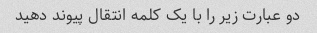
دو عبارت زیر را با یک کلمه انتقال پیوند دهید